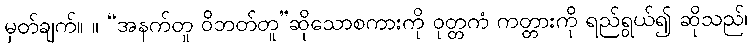
မှတ်ချက်။ ။ “အနက်တူ ဝိဘတ်တူ”ဆိုသောစကားကို ဝုတ္တကံ ကတ္တားကို ရည်ရွယ်၍ ဆိုသည်၊